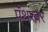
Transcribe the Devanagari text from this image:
पँथरवर